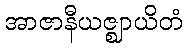
အာဇာနီယဇ္ဈာယိတံ